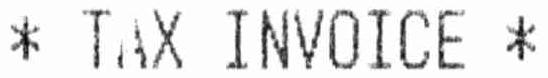
* TAX INVOICE *